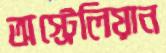
অস্ট্রেলিয়ান